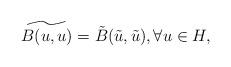
LaTeX: \begin{align*}\widetilde{B(u,u)}=\tilde{B}(\tilde{u},\tilde{u}),\forall u \in H,\end{align*}